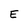
Character: E